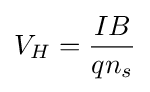
V_{H}={\frac {IB}{qn_{s}}}